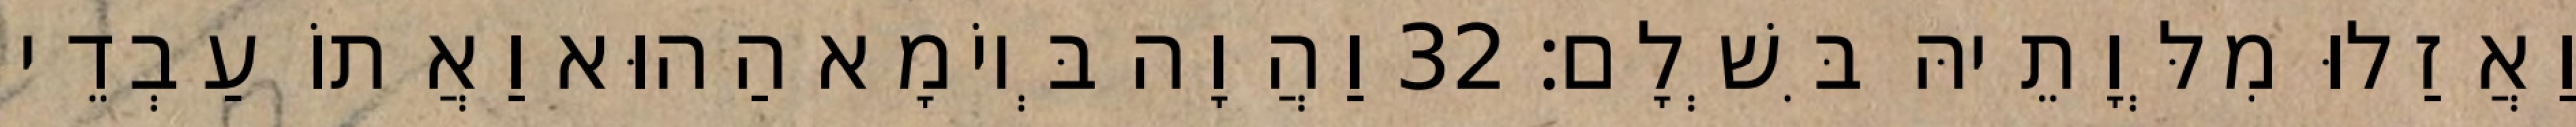
וַאֲזַלוּ מִלְּוָתֵיהּ בִּשְׁלָם׃ 32 וַהֲוָה בְּיוֹמָא הַהוּא וַאֲתוֹ עַבְדֵי